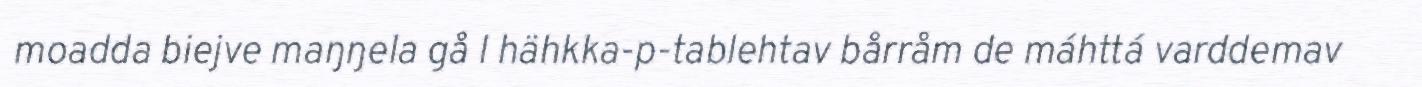
moadda biejve maŋŋela gå l hähkka-p-tablehtav bårråm de máhttá varddemav